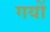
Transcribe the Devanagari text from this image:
गयों